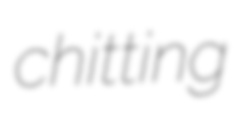
chitting